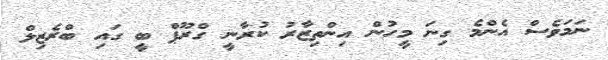
ނަމަވެސް އެންމެ ގިނަ މީހުން އިންތިޒާރު ކުރާނީ ގްރޫޕް ބީ ގައި ބްރެޒިލް